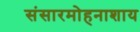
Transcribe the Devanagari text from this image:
संसारमोहनाशाय